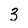
Character: 3